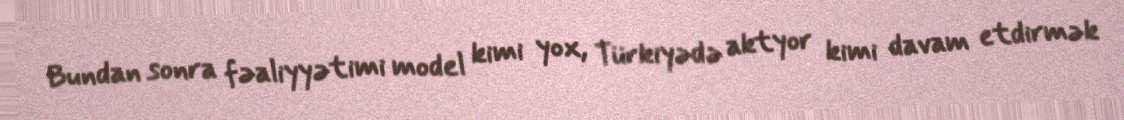
Bundan sonra fəaliyyətimi model kimi yox, Türkiyədə aktyor kimi davam etdirmək